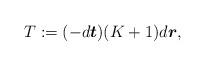
LaTeX: \begin{align*}T:=(-d\boldsymbol{t})(K+1)d\boldsymbol{r},\end{align*}